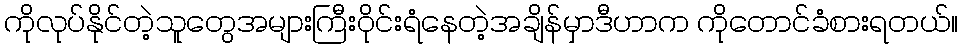
ကိုလုပ်နိုင်တဲ့သူတွေအများကြီးဝိုင်းရံနေတဲ့အချိန်မှာဒီဟာက ကိုတောင်ခံစားရတယ်။